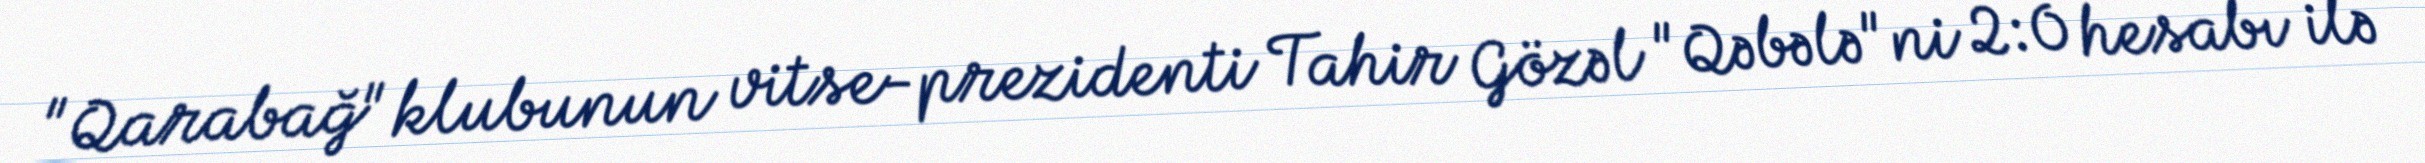
"Qarabağ" klubunun vitse-prezidenti Tahir Gözəl "Qəbələ"ni 2:0 hesabı ilə